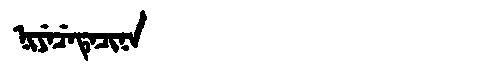
Manchu: ᠨᡳᠶᡝᠴᡝᡨᡝᠴᡳᠨᠠ
Romanization: NIYECETECINA